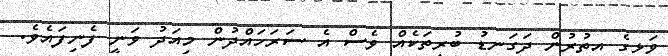
ވަޅީގެ އިތުރުން ދަގަނޑު ބުރިތަކެއް ވެސް އެ ސަރަހައްދުން މިއަދު ވަނީ ފެނިފައެވެ.